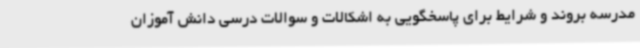
مدرسه بروند و شرایط برای پاسخگویی به اشکالات و سوالات درسی دانش آموزان